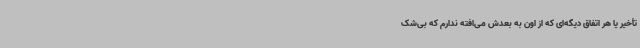
تأخیر یا هر اتفاق دیگه‌ای که از اون به بعدش می‌افته ندارم که بی‌شک